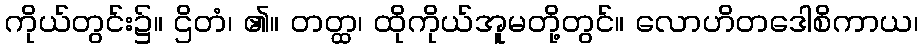
ကိုယ်တွင်း၌။ ဌိတံ၊ ၏။ တတ္ထ၊ ထိုကိုယ်အူမတို့တွင်။ လောဟိတဒေါစိကာယ၊